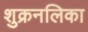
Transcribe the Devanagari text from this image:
शुक्रनलिका